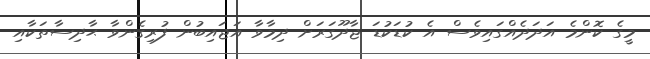
މީގެ ކޮންމެ އަދަދެއްގައިވެސް އެ ކުޑަކުޑަ ޖާދޫގަރަށް ދިމާވާ އަޖައިބުން ފުރިގެންވާ ޙާދިސާތަކާއި